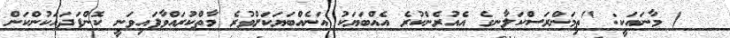
٢١ ) މާނައަކީ: "ތިމަންރަސްކަލާނގެ އެއުރެންކުރެ އެއްބަޔަކު އަނެއްބަޔަކަށްވުރެ މާތްކުރައްވާފައިވަނީ ކޮންފަދައަކުންކަން